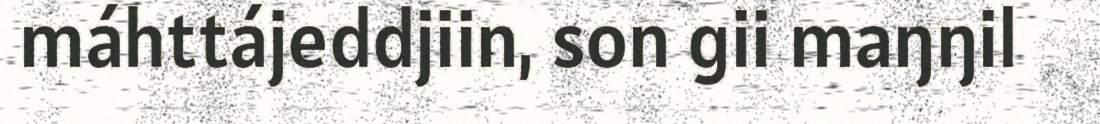
máhttájeddjiin, son gii maŋŋil